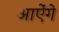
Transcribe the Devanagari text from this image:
आऐंगे